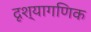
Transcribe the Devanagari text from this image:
दृश्यागणिक